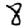
Digit: 8